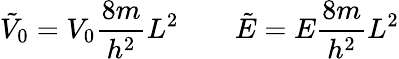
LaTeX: {\tilde{V}}_{0}=V_{0}{\frac{8m}{h^{2}}}L^{2}\qquad{\tilde{E}}=E{\frac{8m}{h^{2}}}L^{2}